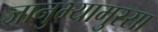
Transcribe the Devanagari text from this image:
जानुभ्यामुरसा